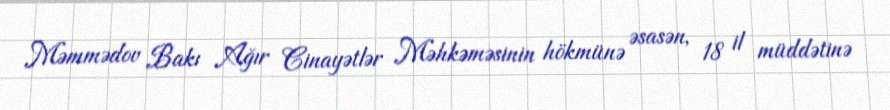
Məmmədov Bakı Ağır Cinayətlər Məhkəməsinin hökmünə əsasən, 18 il müddətinə